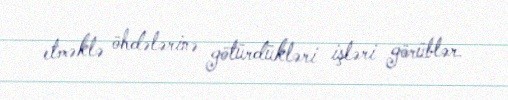
etməklə öhdələrinə götürdükləri işləri görüblər.